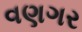
વણગર